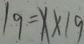
1 9 = x \times 1 9